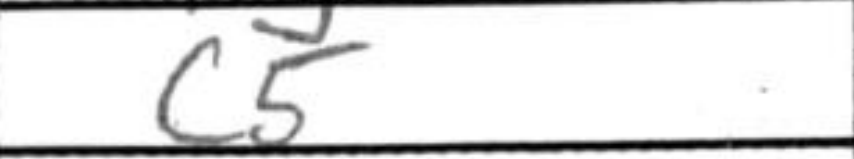
Transcription: c5